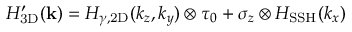
H _ { \mathrm { 3 D } } ^ { \prime } ( \mathbf { k } ) = H _ { \gamma , \mathrm { { 2 D } } } ( k _ { z } , k _ { y } ) \otimes \tau _ { 0 } + \sigma _ { z } \otimes H _ { \mathrm { S S H } } ( k _ { x } )